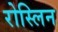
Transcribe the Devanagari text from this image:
रोस्लिन